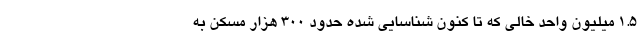
۱.۵ میلیون واحد خالی که تا کنون شناسایی شده حدود ۳۰۰ هزار مسکن به